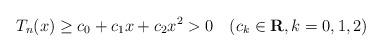
LaTeX: \begin{align*}T_n(x)\geq c_0 + c_1 x + c_2 x^2 >0\quad{(c_k\in\mathbf{R}, k=0,1,2)}\end{align*}